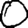
Digit: 0